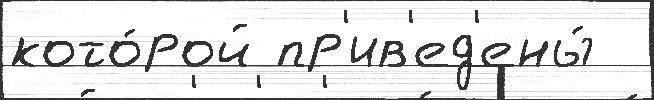
кото́рой пр'ив'ед'ены́